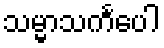
သမ္မာသင်္ကပေါ